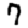
Digit: 7